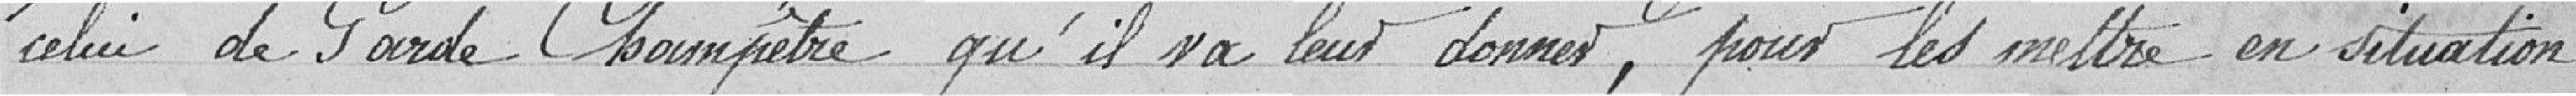
celui de Garde Champêtre qu'il va leur donner, pour les mettre en situation